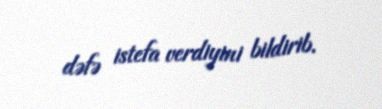
dəfə istefa verdiyini bildirib.